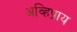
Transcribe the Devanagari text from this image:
अव्हिप्राय